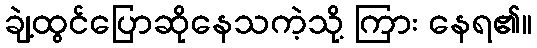
ချဲ့ထွင်ပြောဆိုနေသကဲ့သို့ ကြား နေရ၏။